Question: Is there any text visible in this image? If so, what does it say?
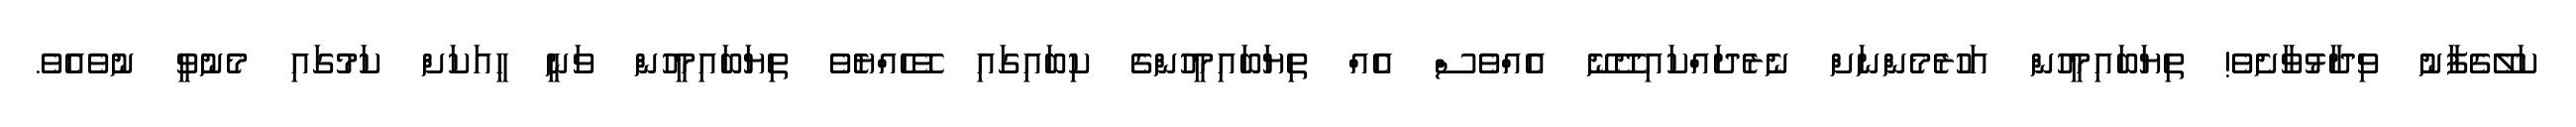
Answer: ކަލޭގެފާނު ވިދާޅުވާށެވެ! ތިޔަބައިމީހުން އަހުރެމެންނަށް ނެރެދައްކައިދޭނޭ އެއްވެސް އެއް ތިޔަބައިމީހުންގެ ކިބައިގައި ވޭހެއްޔެވެ ތިޔަބައިމީހުން ވަނީ ހީއަކަށް ކަމުގައި މެނުވީ ނުވެއެވެ.